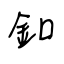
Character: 釦